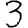
Digit: 3